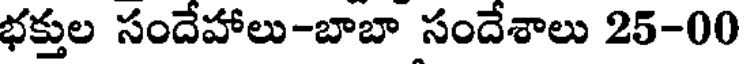
భక్తుల సందేహాలు-బాబా సందేశాలు 25-00